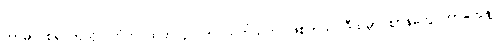
ကာမာဝစရ ကုသိုလ်ကံက ထုတ်လုပ်တာ သက်သက် ဖြစ်တယ်၊ ဒီထဲမှာ ဈာန်တွေ ဘာတွေနဲ့